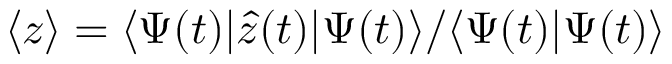
\langle z \rangle = \langle \Psi ( t ) | \hat { z } ( t ) | \Psi ( t ) \rangle / \langle \Psi ( t ) | \Psi ( t ) \rangle